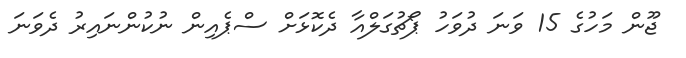
ޖޫން މަހުގެ 15 ވަނަ ދުވަހު ޕޯޗުގަލްއާ ދެކޮޅަށް ސްޕެއިން ނުކުންނައިރު ދެވަނަ